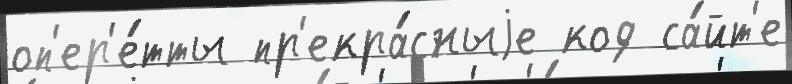
оп'ер'е́тты пр'екра́сныjе код са́йт'е